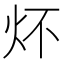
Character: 炋